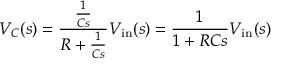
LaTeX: V _ { C } ( s ) = { \frac { \frac { 1 } { C s } } { R + { \frac { 1 } { C s } } } } V _ { \mathrm { i n } } ( s ) = { \frac { 1 } { 1 + R C s } } V _ { \mathrm { i n } } ( s )